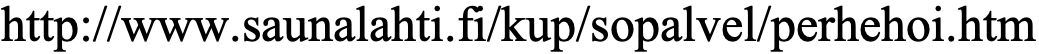
http://www.saunalahti.fi/kup/sopalvel/perhehoi.htm